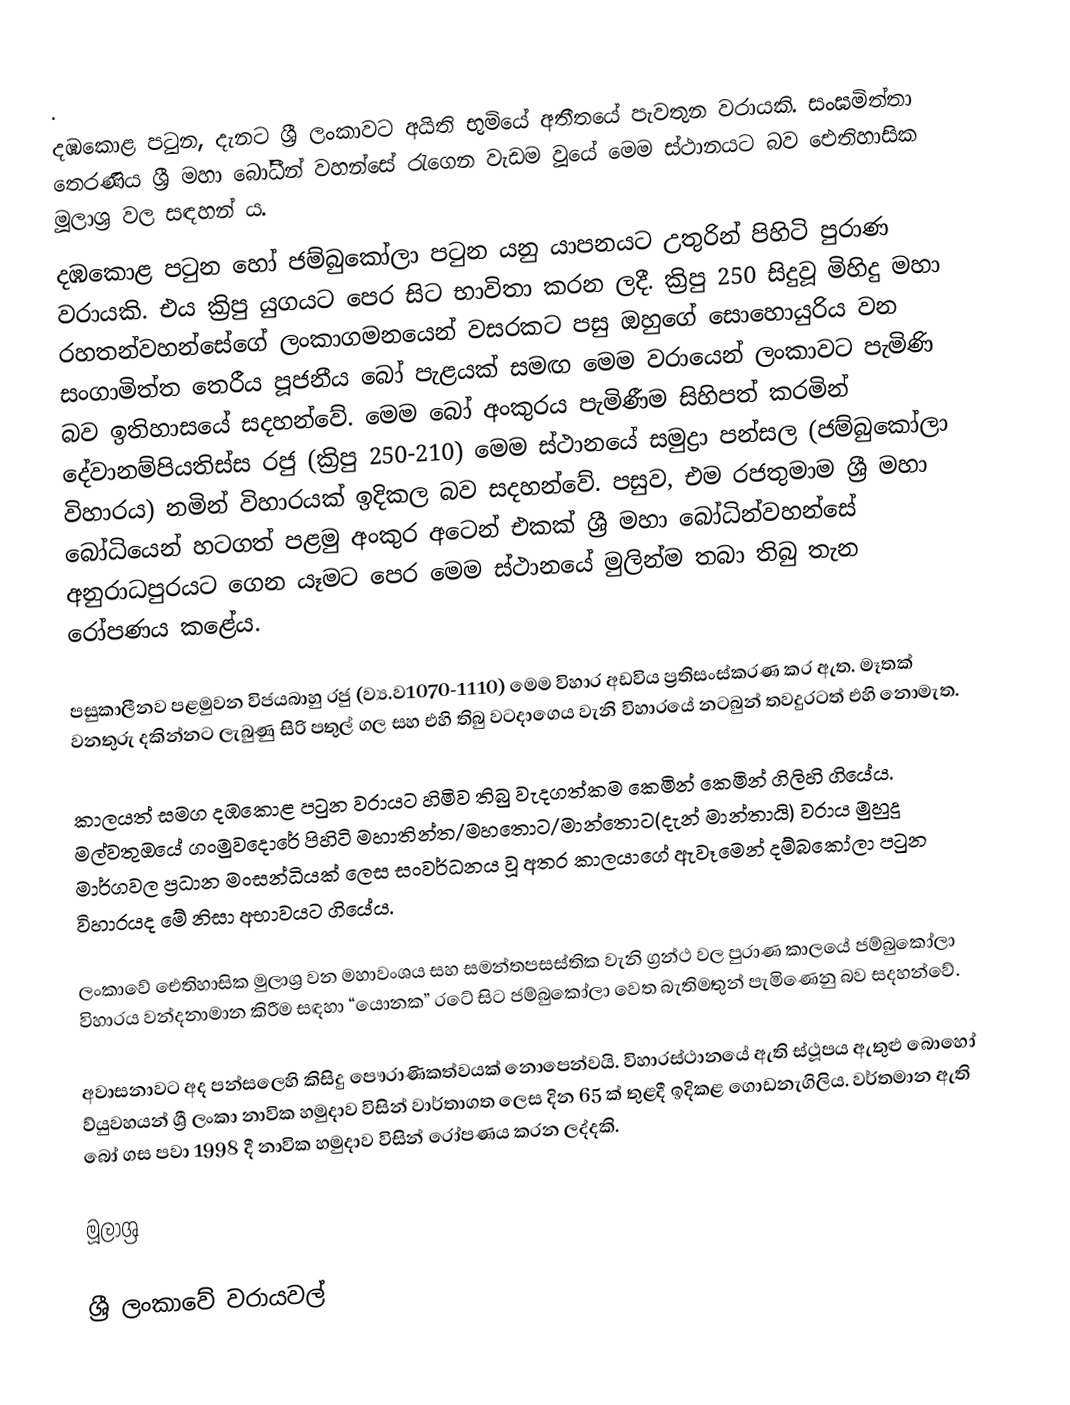
.
දඹකොළ පටුන, දැනට ශ්‍රී ලංකාවට අයිති භුමියේ අතීතයේ පැවතුන වරායකි. සංඝමිත්තා තෙරණිය ශ්‍රී මහා බෝධීන් වහන්සේ රැගෙන වැඩම වූයේ මෙම ස්ථානයට බව ඓතිහාසික  මූලාශ්‍ර වල සඳහන් ය.
දඹකොළ පටුන හෝ ජම්බුකෝලා පටුන යනු යාපනයට උතුරින් පිහිටි පුරාණ වරායකි. එය ක්‍රිපු යුගයට පෙර සිට භාවිතා කරන ලදී. ක්‍රිපු 250 සිදුවූ මිහිදු මහා රහතන්වහන්සේගේ ලංකාගමනයෙන් වසරකට පසු ඔහුගේ සොහොයුරිය වන සංගාමිත්ත තෙරීය පූජනීය බෝ පැළයක් සමඟ මෙම වරායෙන් ලංකාවට පැමිණි බව ඉතිහාසයේ සදහන්වේ. මෙම බෝ අංකුරය පැමිණීම සිහිපත් කරමින් දේවානම්පියතිස්ස රජු (ක්‍රිපු 250-210) මෙම ස්ථානයේ සමුද්‍රා පන්සල (ජම්බුකෝලා විහාරය) නමින් විහාරයක් ඉදිකල බව සදහන්වේ. පසුව, එම රජතුමාම ශ්‍රී මහා බෝධියෙන් හටගත් පළමු අංකුර අටෙන් එකක් ශ්‍රී මහා බෝධින්වහන්සේ අනුරාධපුරයට ගෙන යෑමට පෙර මෙම ස්ථානයේ මුලින්ම තබා තිබු තැන රෝපණය කළේය.

පසුකාලීනව පළමුවන විජයබාහු රජු (ව්‍ය.ව1070-1110) මෙම විහාර අඩවිය ප්‍රතිසංස්කරණ කර ඇත. මෑතක් වනතුරු දකින්නට ලැබුණු සිරි පතුල් ගල සහ එහි තිබු වටදාගෙය වැනි විහාරයේ නටබුන් තවදුරටත් එහි නොමැත.

කාලයත් සමග දඹකොළ පටුන වරායට හිමිව තිබු වැදගත්කම කෙමින් කෙමින් ගිලිහි ගියේය. මල්වතුඔයේ ගංමුවදොරේ පිහිටි මහාතින්ත/මහතොට/මාන්තොට(දැන් මාන්තායි) වරාය මුහුදු මාර්ගවල ප්‍රධාන මංසන්ධියක් ලෙස සංවර්ධනය වූ අතර කාලයාගේ ඇවෑමෙන් දම්බකෝලා පටුන විහාරයද මේ නිසා අභාවයට ගියේය.

ලංකාවේ ඓතිහාසික මුලාශ්‍ර වන මහාවංශය සහ සමන්තපසස්තික වැනි ග්‍රන්ථ වල පුරාණ කාලයේ ජම්බුකෝලා විහාරය වන්දනාමාන කිරීම සඳහා “යොනක” රටේ සිට ජම්බුකෝලා වෙත බැතිමතුන් පැමිණෙනු බව සදහන්වේ.

අවාසනාවට අද පන්සලෙහි කිසිදු පෞරාණිකත්වයක් නොපෙන්වයි. විහාරස්ථානයේ ඇති ස්ථූපය ඇතුළු බොහෝ ව්යුවහයන් ශ්‍රී ලංකා නාවික හමුදාව විසින් වාර්තාගත ලෙස දින 65 ක් තුළදී ඉදිකළ ගොඩනැගිලිය. වර්තමාන ඇති බෝ ගස පවා 1998 දී නාවික හමුදාව විසින් රෝපණය කරන ලද්දකි.

මූලාශ්‍ර

ශ්‍රී ලංකාවේ වරායවල්